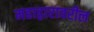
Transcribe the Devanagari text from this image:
महाद्वारावरील